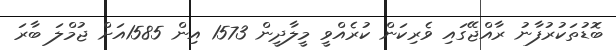
ބޮޑުތަކުރުފާނު ރާއްޖޭގައި ވެރިކަން ކުރެއްވީ މީލާދީން 1573 އިން 1585އަށް ޖުމްލަ ބާރަ